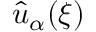
\hat { u } _ { \alpha } ( \boldsymbol { \xi } )